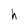
Character: h